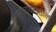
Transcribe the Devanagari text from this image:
एमआयटीतील